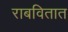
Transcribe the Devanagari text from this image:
राबवितात